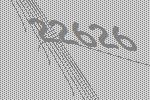
22626